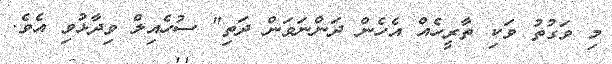
މި ވަގުތު ވަކި ތާރީހެއް އެހެން ދަންނަވަން ދަތި" ސުހެއިލް ވިދާޅުވި އެވެ.